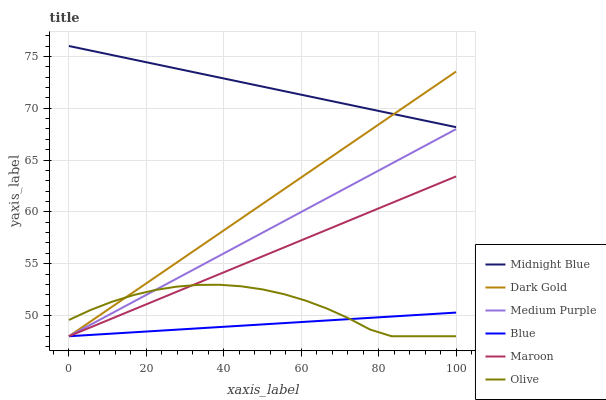
| xaxis_label | Midnight Blue | Dark Gold | Medium Purple | Blue | Maroon | Olive |
 | --- | --- | --- | --- | --- | --- | --- |
 | 0 | 76 | 48 | 48 | 48 | 48 | 49.6 |
 | 5.56 | 75.6 | 49.4 | 49.1 | 48.1 | 48.9 | 50.5 |
 | 11.1 | 75.1 | 50.8 | 50.2 | 48.3 | 49.7 | 51.3 |
 | 16.7 | 74.7 | 52.3 | 51.3 | 48.4 | 50.6 | 52 |
 | 22.2 | 74.3 | 53.7 | 52.4 | 48.5 | 51.4 | 52.5 |
 | 27.8 | 73.8 | 55.1 | 53.6 | 48.6 | 52.3 | 52.8 |
 | 33.3 | 73.4 | 56.5 | 54.7 | 48.8 | 53.1 | 53 |
 | 38.9 | 73 | 57.9 | 55.8 | 48.9 | 54 | 53 |
 | 44.4 | 72.5 | 59.4 | 56.9 | 49 | 54.9 | 52.8 |
 | 50 | 72.1 | 60.8 | 58 | 49.1 | 55.7 | 52.5 |
 | 55.6 | 71.7 | 62.2 | 59.1 | 49.3 | 56.6 | 52.1 |
 | 61.1 | 71.2 | 63.6 | 60.2 | 49.4 | 57.4 | 51.4 |
 | 66.7 | 70.8 | 65 | 61.3 | 49.5 | 58.3 | 50.7 |
 | 72.2 | 70.3 | 66.4 | 62.4 | 49.6 | 59.1 | 49.7 |
 | 77.8 | 69.9 | 67.9 | 63.5 | 49.8 | 60 | 48.6 |
 | 83.3 | 69.5 | 69.3 | 64.7 | 49.9 | 60.9 | 48 |
 | 88.9 | 69 | 70.7 | 65.8 | 50 | 61.7 | 48 |
 | 94.4 | 68.6 | 72.1 | 66.9 | 50.2 | 62.6 | 48 |
 | 100 | 68.2 | 73.5 | 68 | 50.3 | 63.4 | 48 |